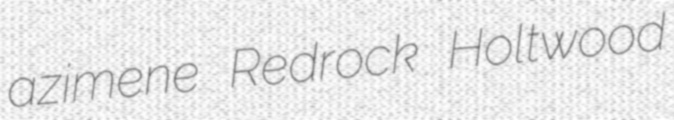
azimene Redrock Holtwood